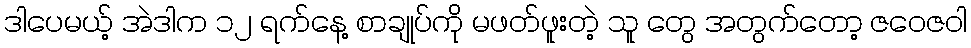
ဒါပေမယ့် အဲဒါက ၁၂ ရက်နေ့ စာချုပ်ကို မဖတ်ဖူးတဲ့ သူ တွေ အတွက်တော့ ဇဝေဇဝါ